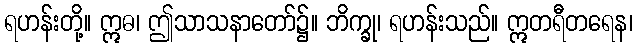
ရဟန်းတို့။ ဣဓ၊ ဤသာသနာတော်၌။ ဘိက္ခု၊ ရဟန်းသည်။ ဣတရီတရေန၊